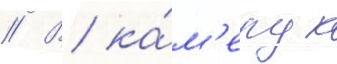
// В ка́м'еру к